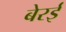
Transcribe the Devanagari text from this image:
बेरई